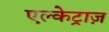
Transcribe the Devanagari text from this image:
एल्केट्राज़